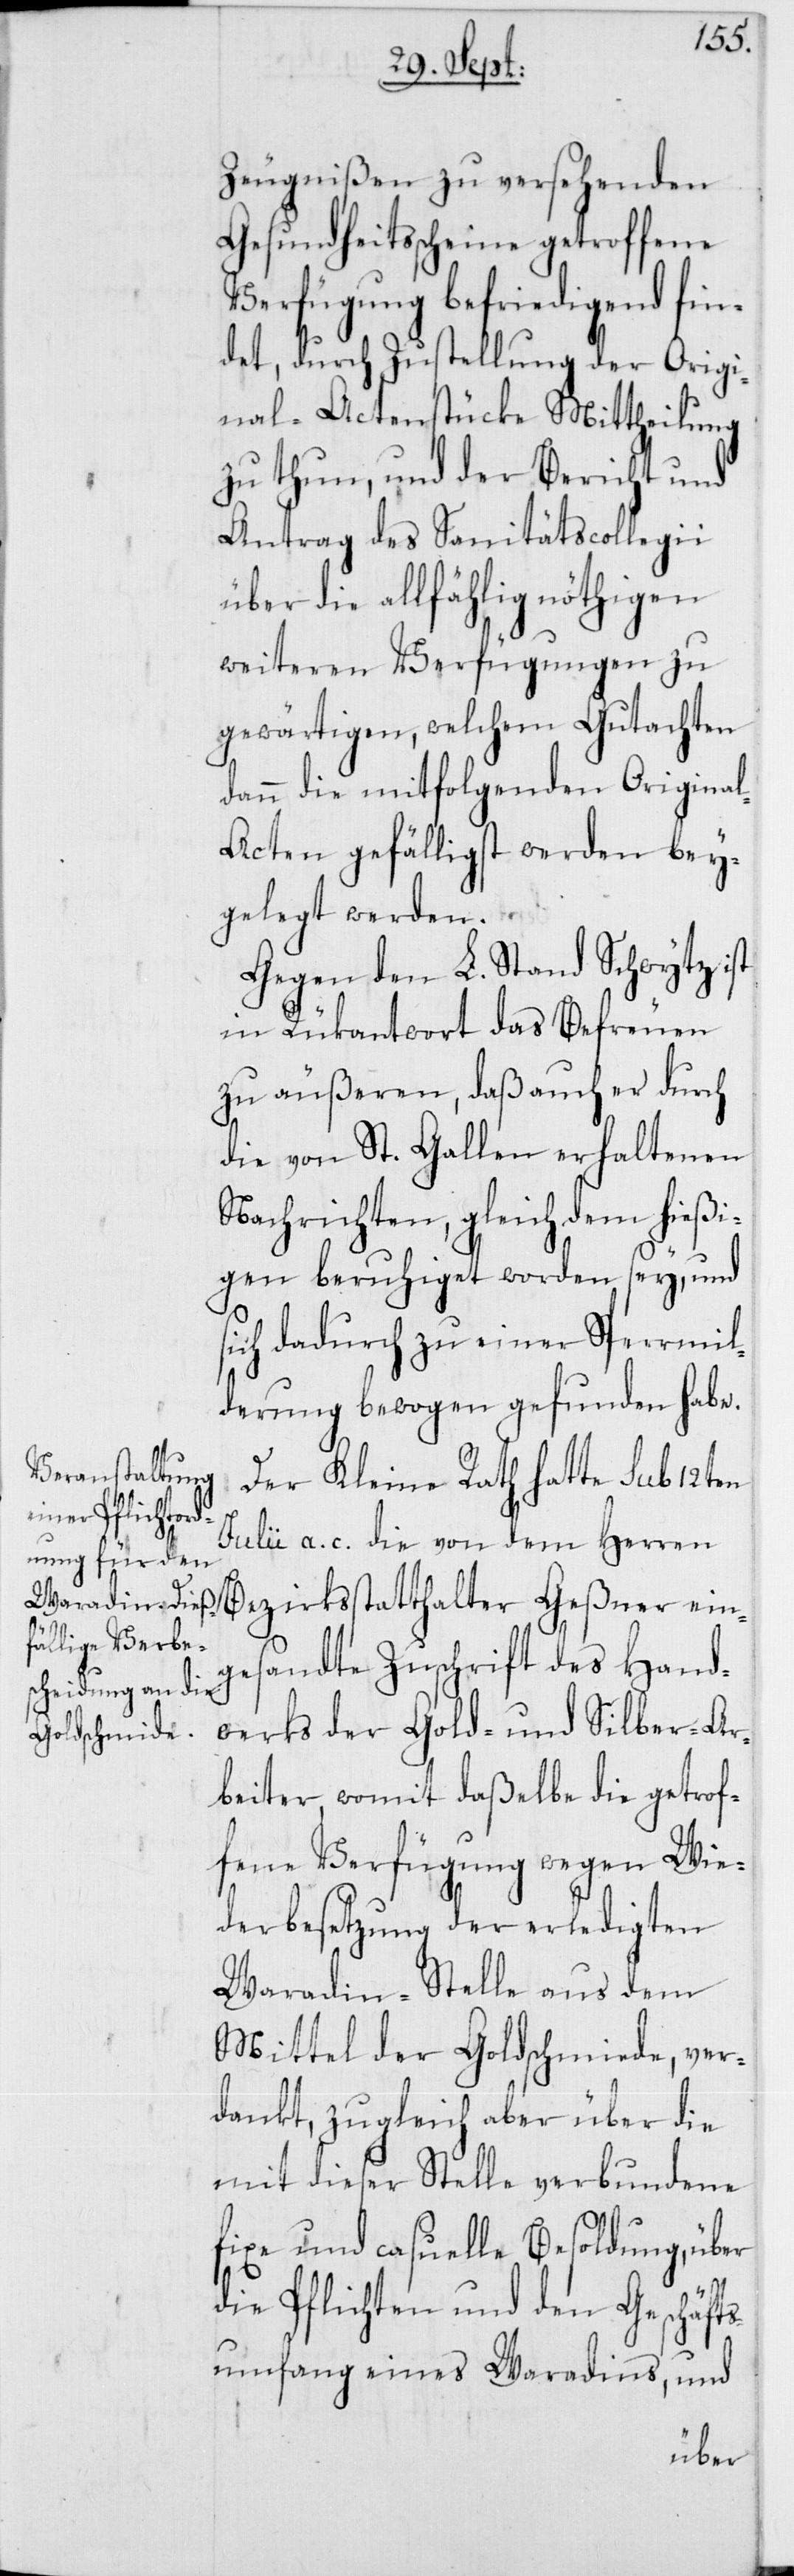
ein¬
Zeugnißen zu versehenden
Gesundheitsscheine getroffene
Verfügung befriedigend fin¬
det, durch Zustellung der Origi¬
nal-Actenstücke Mittheilung
zu thun, und der Bericht und
Antrag des Sanitätscollegii
über die allfählig nöthigen
weiteren Verfügungen zu
gewärtigen, welchem Gutachten
dann die mitfolgenden Origina¬
l-Acten gefälligst werden bey¬
gelegt werden.
Gegen den L. Stand Schwytz ist
in Rükantwort das Befreuen
zu äußeren, daß auch er durch
die von St. Gallen erhaltenen
Nachrichten, gleich dem hießi¬
gen beruhiget worden sey, und s¬
ich dadurch zu einer Sperrmil¬
derung bewogen gefunden habe.
Der Kleine Rath hatte sub 12ten
Julii a. c. die von dem Herren
gesandte Zuschrift des Hand¬
werks der Gold- und Silber-Ar¬
beiter, womit daßelbe die getrof¬
fene Verfügung wegen Wie¬
derbesetzung der erledigten
Waradin-Stelle aus dem
Mittel der Goldschmiede, ver¬
dankt, zugleich aber über die
mit dieser Stelle verbundene
fixe und casuelle Besoldung, über
die Pflichten und den Geschäft¬
sumfang eines Waradins, und